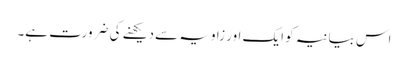
اس بیانیہ کو ایک اور زاویہ سے دیکھنے کی ضرورت ہے۔